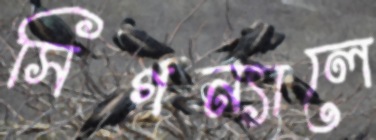
সিগন্যালে